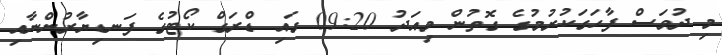
މި ދުވަސް ފާހަގަކުރުމުގެ ގޮތުން މިއަދު 09:20 ގައި ޑްރަގް ކޯޓުގެ ފަނޑިޔާރުންނާއި